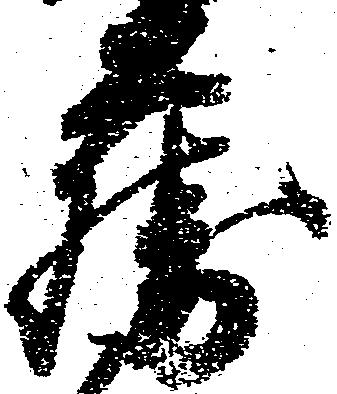
藤